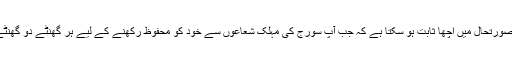
ڈاکٹر برندھا بالارامن کے الفاظ، ’’یہ اس صورتحال میں اچھا ثابت ہو سکتا ہے کہ جب آپ سورج کی مہلک شعاعوں سے خود کو محفوظ رکھنے کے لیے ہر گھنٹے دو گھنٹے بعد سن سکرین استعمال نہیں کر سکتے۔